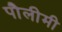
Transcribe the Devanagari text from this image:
पौलीमी